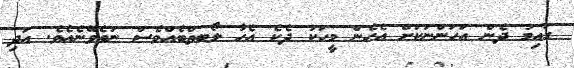
ގައިމު ދެން އަހަންނަކަށް އެހެން މީހަކު ދެކެ އެހާ ލޯބތްބެއްވެސް ނުވެވޭނެއެވެ. އަދި